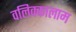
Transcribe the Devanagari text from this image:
वलिक्कालाम